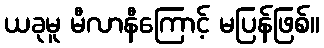
ယခုမူ မီလာနီကြောင့် မပြန်ဖြစ်။